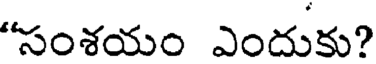
"సంశయం ఎందుకు?